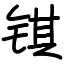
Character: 𫓹